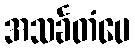
အသင်္ခတံပေ